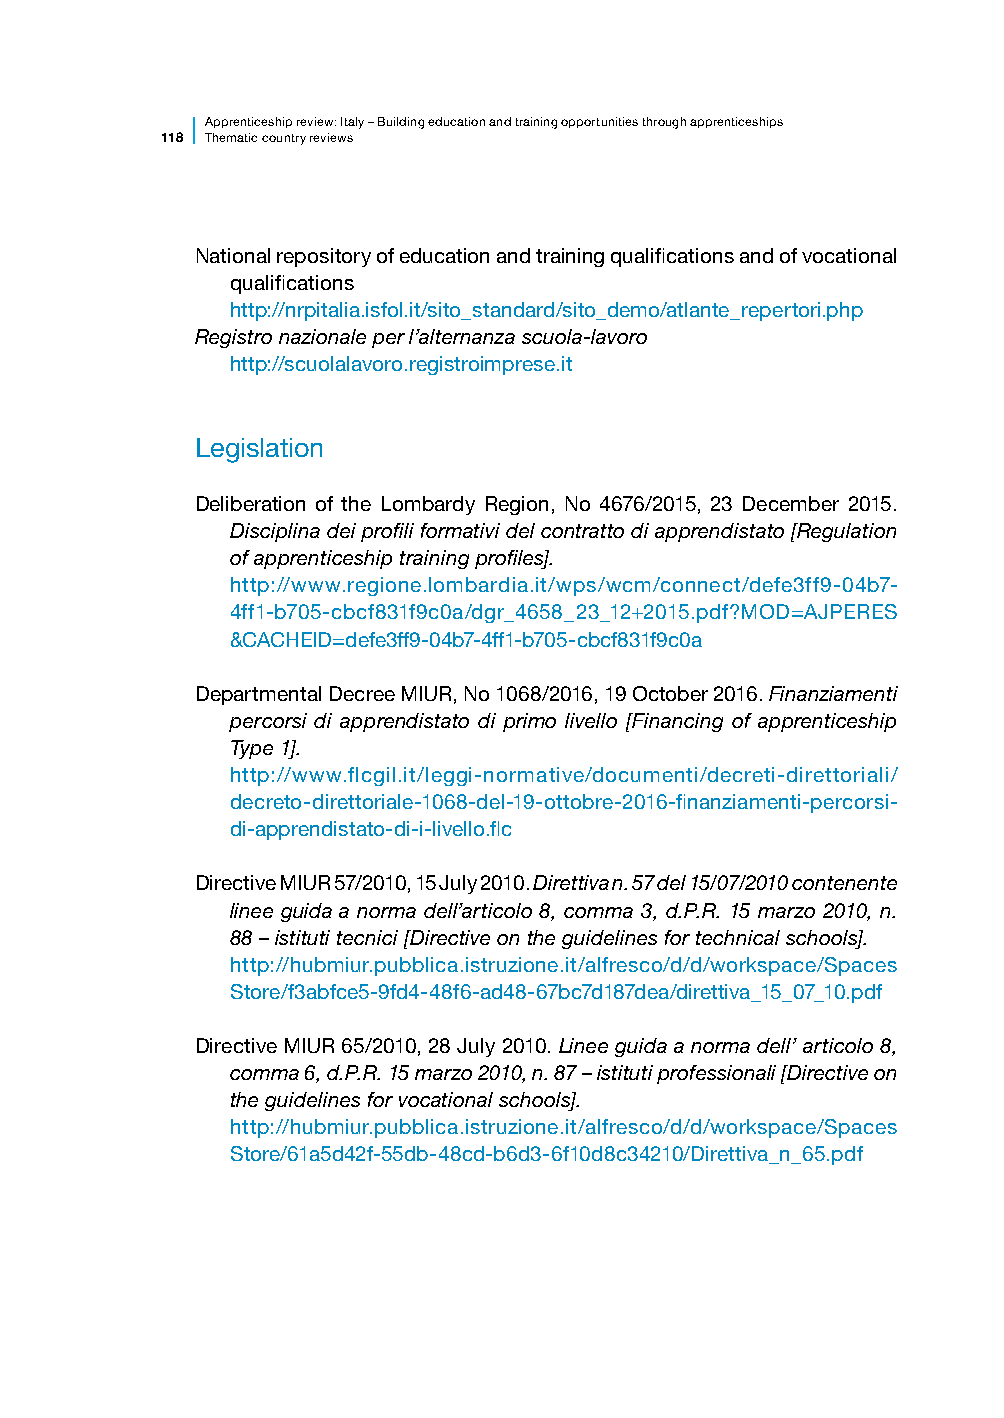
Apprenticesh ip review: Italy – Building education and training opportunities through apprenticeships
 118 Thematic country reviews
 National repository of education and training qualifications and of vocational
 qualifications
 http://nrpitalia.isfol.it/sito_standard/sito_demo/atlante_repertori.php
 Registro nazionale per l’alternanza scuola-lavoro
 http://scuolalavoro.registroimprese.it
 Legislation
 Deliberation of the Lombardy Region, No 4676/2015, 23 December 2015.
 Disciplina dei profili formativi del contratto di apprendistato [Regulation
 of apprenticeship training profiles].
 http://www.regione.lombardia.it/wps/wcm/connect/defe3ff9-04b7-
 4ff1-b705-cbcf831f9c0a/dgr_4658_23_12+2015.pdf?MOD=AJPERES
 &CACHEID=defe3ff9-04b7-4ff1-b705-cbcf831f9c0a
 Departmental Decree MIUR, No 1068/2016, 19 October 2016. Finanziamenti
 percorsi di apprendistato di primo livello [Financing of apprenticeship
 Type 1].
 http://www.flcgil.it/leggi-normative/documenti/decreti-direttoriali/
 decreto-direttoriale-1068-del-19-ottobre-2016-finanziamenti-percorsi-
 di-apprendistato-di-i-livello.flc
 Directive MIUR 57/2010, 15 July 2010. Direttiva n. 57 del 15/07/2010 contenente
 linee guida a norma dell’articolo 8, comma 3, d.P.R. 15 marzo 2010, n.
 88 – istituti tecnici [Directive on the guidelines for technical schools].
 http://hubmiur.pubblica.istruzione.it/alfresco/d/d/workspace/Spaces
 Store/f3abfce5-9fd4-48f6-ad48-67bc7d187dea/direttiva_15_07_10.pdf
 Directive MIUR 65/2010, 28 July 2010. Linee guida a norma dell’ articolo 8,
 comma 6, d.P.R. 15 marzo 2010, n. 87 – istituti professionali [Directive on
 the guidelines for vocational schools].
 http://hubmiur.pubblica.istruzione.it/alfresco/d/d/workspace/Spaces
 Store/61a5d42f-55db-48cd-b6d3-6f10d8c34210/Direttiva_n_65.pdf